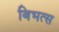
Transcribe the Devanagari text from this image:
बिभत्स